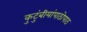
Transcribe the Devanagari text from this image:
कुटुंबीयांपाठोपाठ